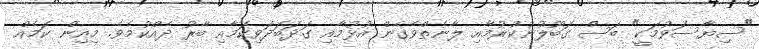
"ސިޔާސަވުމަކީ" ބަސް ގަބޫލުނުކުރުމާއި ލާނެތްވެގެން އުޅުމާއި ގަދަބަދަވިކަމާއި ބާރު ދެއްކުމެވެ. މިއިން ކަމެއް